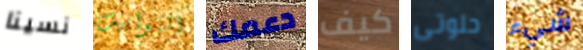
نسينا التوابيت دعمك كيف حلوتى شيء